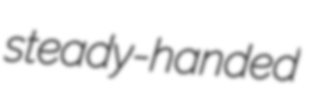
steady-handed